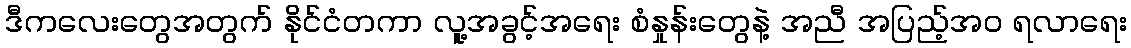
ဒီကလေးတွေအတွက် နိုင်ငံတကာ လူ့အခွင့်အရေး စံနှုန်းတွေနဲ့ အညီ အပြည့်အဝ ရလာရေး